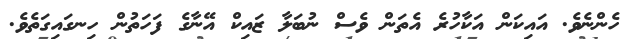
ހެންނެވެ. އައިކަން އަކާހުރެ އެތަން ވެސް ނުބަލާ ޒައިކް އޭނާގެ ފަހަތުން ހިނގައިގަތެވެ.